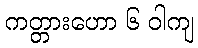
ကတ္တားဟော ၆ ဝါကျ